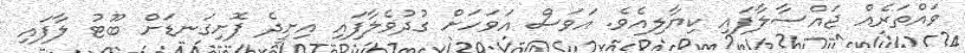
ވައްތަރެއް ޖައްސާލާފައި ކިޔާލިއެވެ. އަވަސް އަވަހަށް ގުދުވެލާފައި އިށީދެ ފޮށިގަނޑަށް ބޫޓު ލާފައި